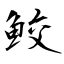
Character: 鮫